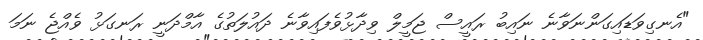
"އެނގިވަޑައިގަންނަވާނެ ނައިބު ރައީސް ޖަމީލް ވިދާޅުވެފައިވާނެ ދައުލަތުގެ އާމްދަނީ ރަނގަޅު ވެއްޖެ ނަމަ